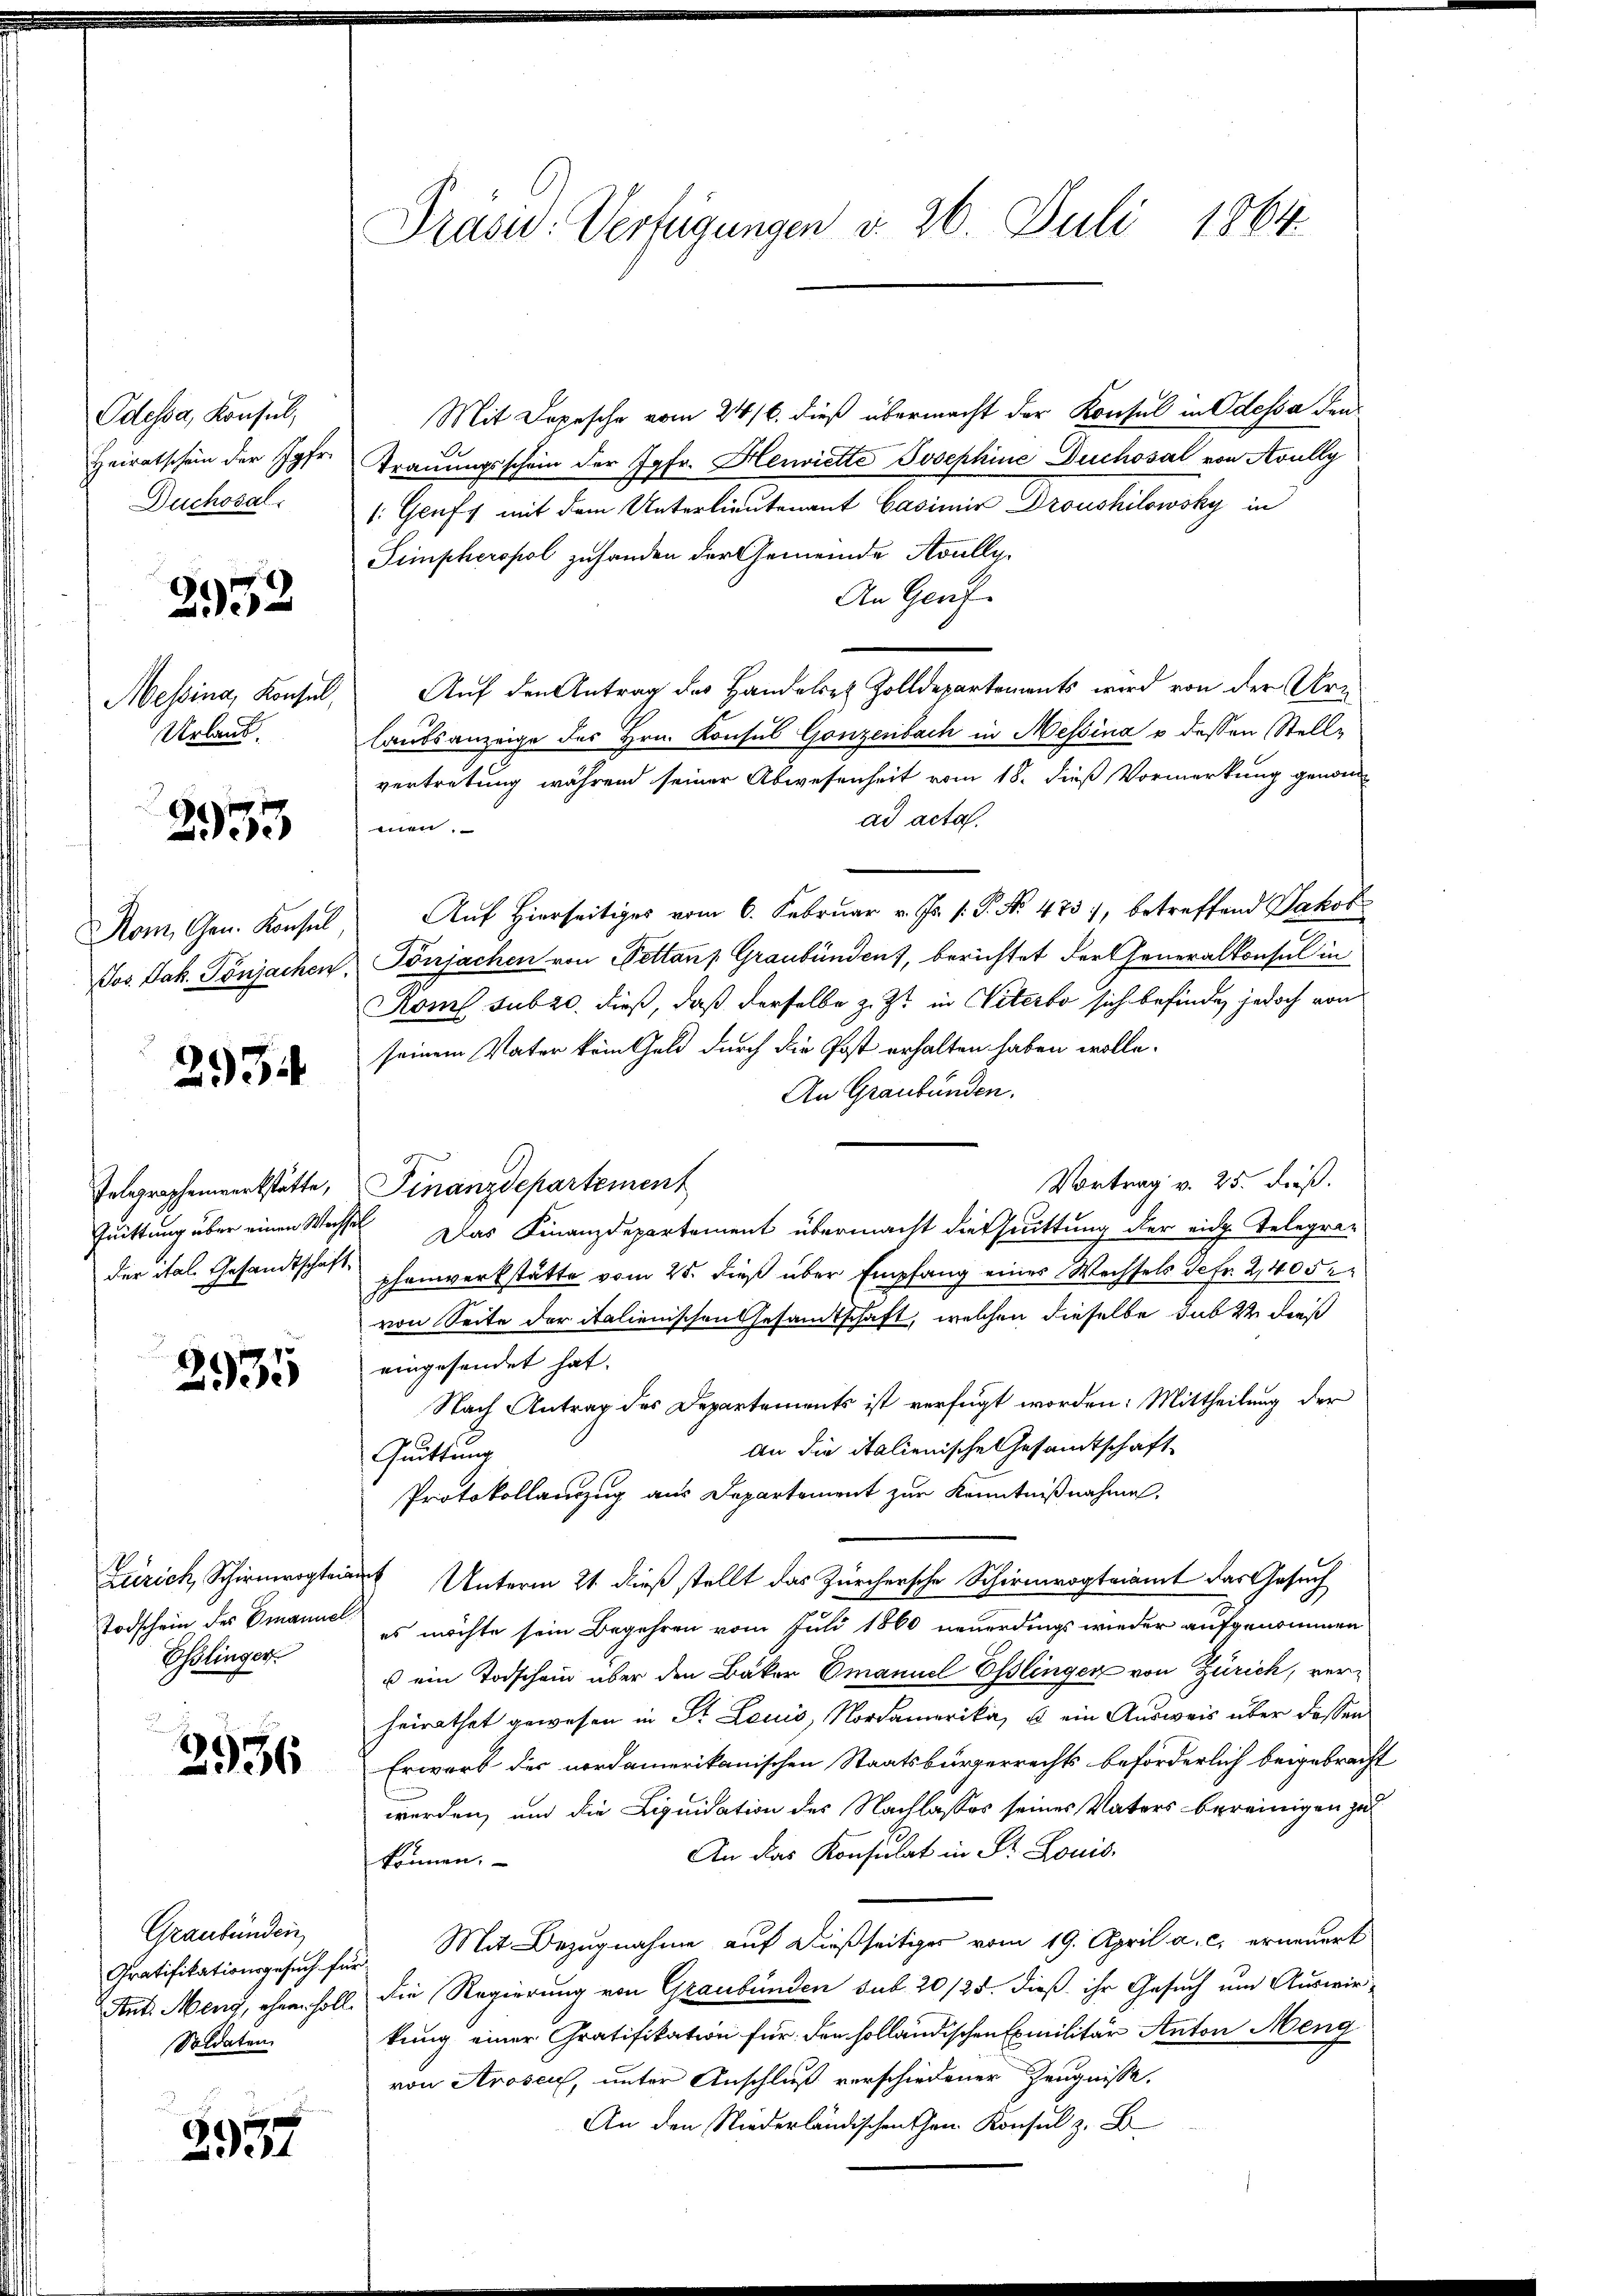
Odessa, Konsul,
Heiratschein der Jgfr.
Duchosal.

2972

Messina, Konsul,
Urlaub.

2933

Nom, Gen. Konsul,
Jos. Jak. Tönjachen

293i

Telegraphenwerkstätte,
Quittung über einen Wechs
der ital. Gesandtschaf¬

2935

Todschein des Emanuel
Esslinger.

E
2936

Graubünden
Soldaten.

g
237

Präsid.: Verfügungen d. 26. Juli 1864.

Mit Depesche vom 24/6. dieß übermacht der Konsul in Odessa den
Trauungsschein der Jgfr. Henriette Josephine Duchosal von Avully
1. Genf mit dem Unterlieutenant Casimir Droushilowsky in
Simpheropol zuhanden der Gemeinde Avully.
An Genf
Auf den Antrag des Handelser Zolldepartements wird von der Urlaubsanzeige des Hrn. Konsul Gonzenbach in Messina u. dessen Stellvertretung während seiner Abwesenheit vom 18. dieß Vormerkung genomad acta.
e
Auf Hierseitiges vom 6. Februar v. Js. s. P. No. 475, betreffend Jakob
Pönjachen von Pettans Graubünden), berichtet der Generalkonsul in
Koms subro dieß, daß derselbe z. Zt. in Viterbe sich befinde, jedoch von
seinem Vater kein Geld durch die Post erhalten haben wolle.
An Graubünden.
Vortrag v. 25. dieß.
Finanzdepartement
 Das Finanzdepartement übermacht die Quittung der eidge Telegraphenwerkstätte vom 25. dieß über Empfang eines Wechsels Defr. 2,405.
von Seite der italienischen Gesandtschaft, welchen dieselbe sub 22 dies
eingesendet hat.
Nach Antrag des Departements ist verfügt worden: Mittheilung der
An die italienische Gesamtschaft
Quittung
Protokollauszug aus Departement zur Kenntnißnahme,
Zürich, Schirmvogt Unterm 21. dieß stellt das Zürchersche Schirmvogteiamt das Gesuch
es möchte sein Begehren vom Juli 1860 neuerdings wieder aufgenommen
u ein Todschein über den Bäker Emanuel Esslinger von Zürich, verheirathet gewesen in St. Louis, Nordamerika, u ein Ausweis über dassen
Erwarb der nordamerikanischen Staatsbürgerrechts beförderlich beigebracht
werden, und die Liquidation des Nachlasses seines Vaters bereinigen zu
An das Konsulat in St. Louis-
können.
Gratifikationsgesuch für Mit Bezugnahme auf dießseitiger vom 19. April a. c. erneuert
Ant. Meng, ohnen soll. Die Regierung von Graubünden sub 20/25. dieß ihr Gesuch um Auswirkung einer Gratifikation für den holländischen Emilitär Anton Meng
von Arosen, unter Anschluß verschiedener Zeugnisse,
An den Niederländischen Hrn. Konsul z. B.